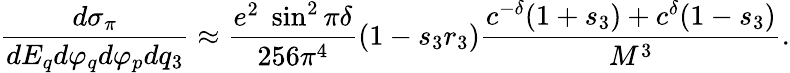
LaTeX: {\frac{d\sigma_{\pi}}{dE_{q}d\varphi_{q}d\varphi_{p}dq_{3}}}\approx{\frac{e^{2}\; \sin^{2}\pi\delta}{256\pi^{4}}}(1-s_{3}r_{3}){\frac{c^{-\delta}(1+s_{3})+c^{\delta}(1-s_{3})}{M^{3}}}.